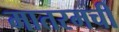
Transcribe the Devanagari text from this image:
मातरमची